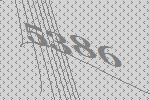
5386